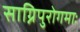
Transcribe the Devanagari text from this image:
साग्निपुरोगमाः